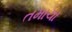
તમાચા